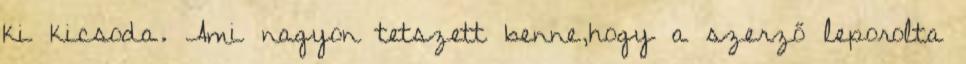
ki kicsoda. Ami nagyon tetszett benne,hogy a szerző leporolta